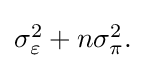
{\textstyle \sigma _{\varepsilon }^{2}+n\sigma _{\pi }^{2}.}